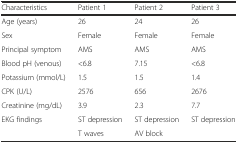
<table><thead><tr><td><b>Characteristics</b></td><td><b>Patient 1</b></td><td><b>Patient 2</b></td><td><b>Patient 3</b></td></tr></thead><tbody><tr><td>Age (years)</td><td>26</td><td>24</td><td>26</td></tr><tr><td>Sex</td><td>Female</td><td>Female</td><td>Female</td></tr><tr><td>Principal symptom</td><td>AMS</td><td>AMS</td><td>AMS</td></tr><tr><td>Blood pH (venous)</td><td>&lt;6.8</td><td>7.15</td><td>&lt;6.8</td></tr><tr><td>Potassium (mmol/L)</td><td>1.5</td><td>1.5</td><td>1.4</td></tr><tr><td>CPK (U/L)</td><td>2576</td><td>656</td><td>2676</td></tr><tr><td>Creatinine (mg/dL)</td><td>3.9</td><td>2.3</td><td>7.7</td></tr><tr><td>EKG findings</td><td>ST depression</td><td>ST depression</td><td>ST depression</td></tr><tr><td></td><td>T waves</td><td>AV block</td><td></td></tr></tbody></table>